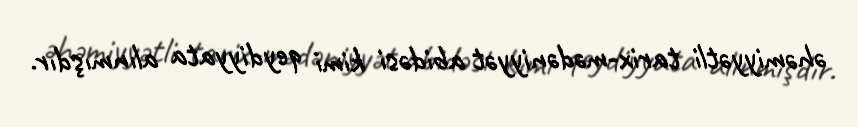
əhəmiyyətli tarix-mədəniyyət abidəsi kimi qeydiyyata alınmışdır.